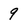
Character: 9